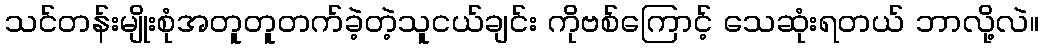
သင်တန်းမျိုးစုံအတူတူတက်ခဲ့တဲ့သူငယ်ချင်း ကိုဗစ်ကြောင့် သေဆုံးရတယ် ဘာလို့လဲ။